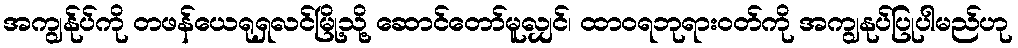
အကျွန်ုပ်ကို တဖန်ယေရုရှလင်မြို့သို့ ဆောင်တော်မူလျှင်၊ ထာဝရဘုရားဝတ်ကို အကျွနုပ်ပြုပါမည်ဟု